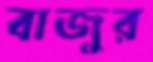
বাজুর